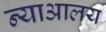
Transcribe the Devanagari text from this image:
न्याआलय